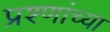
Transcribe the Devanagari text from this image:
प्रश्णांच्या